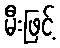
မီးဖြင့်